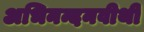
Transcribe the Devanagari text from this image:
अभिनन्दनवीथी